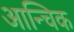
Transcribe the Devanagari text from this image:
आन्चिक